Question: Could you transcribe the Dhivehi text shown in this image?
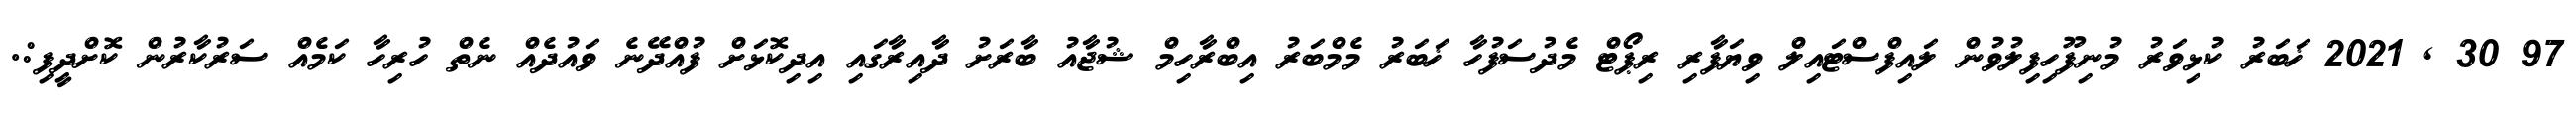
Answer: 97 30 , 2021 ޚަބަރު ކުޅިވަރު މުނިފޫހިފިލުވުން ލައިފްސްޓައިލް ވިޔަފާރި ރިޕޯޓް މެދުސަފުހާ ޚަބަރު މެމްބަރު އިބްރާހިމް ޝުޖާއު ބާރަށު ދާއިރާގައި އިދިކޮޅަށް ފުއްދޭނެ ވައުދެއް ނެތް ހުރިހާ ކަމެއް ސަރުކާރުން ކޮށްދީފި:.